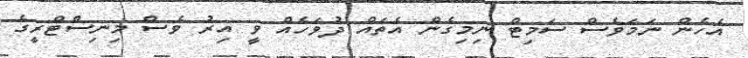
އެހެން ނަމަވެސް ސަމިޓް ނިމިގެން އެތައް ދުވަހެއް ވީ އިރު ވެސް މިނިސްޓްރީގެ